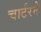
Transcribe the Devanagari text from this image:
चार्टरने